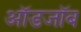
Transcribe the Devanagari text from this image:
ऑडजॉब